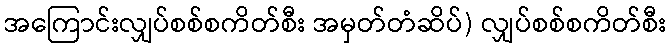
အကြောင်းလျှပ်စစ်စကိတ်စီး အမှတ်တံဆိပ်) လျှပ်စစ်စကိတ်စီး